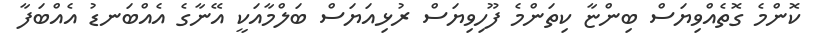
ކޮންމެ ގޮތެއްވިޔަސް ބިންޏާ ކިތަންމެ ފޫހިވިޔަސް ރުޅިއަޔަސް ބަލްމާއަކީ އޭނާގެ އެއްބަނޑު އެއްބަފާ